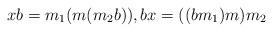
LaTeX: \begin{align*} x b = m_1 (m (m_2 b)), b x = ((b m_1) m) m_2 \end{align*}